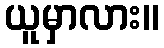
ယူမှာလား။